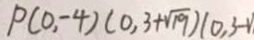
P ( 0 , - 4 ) ( 0 , 3 + \sqrt { 1 9 } ) ( 0 , 3 - 1 )